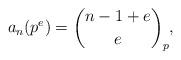
LaTeX: \begin{align*}a_n(p^e) = \binom{n-1+e}{e}_p,\end{align*}